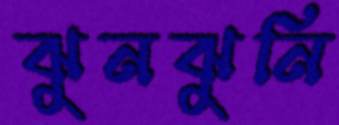
ঝুনঝুনি